Annual report of the Bengal Veterinary College and of the Civil Veterinary Department, Bengal, for the year 1913-1914 - 1913-1914
Year: 1913
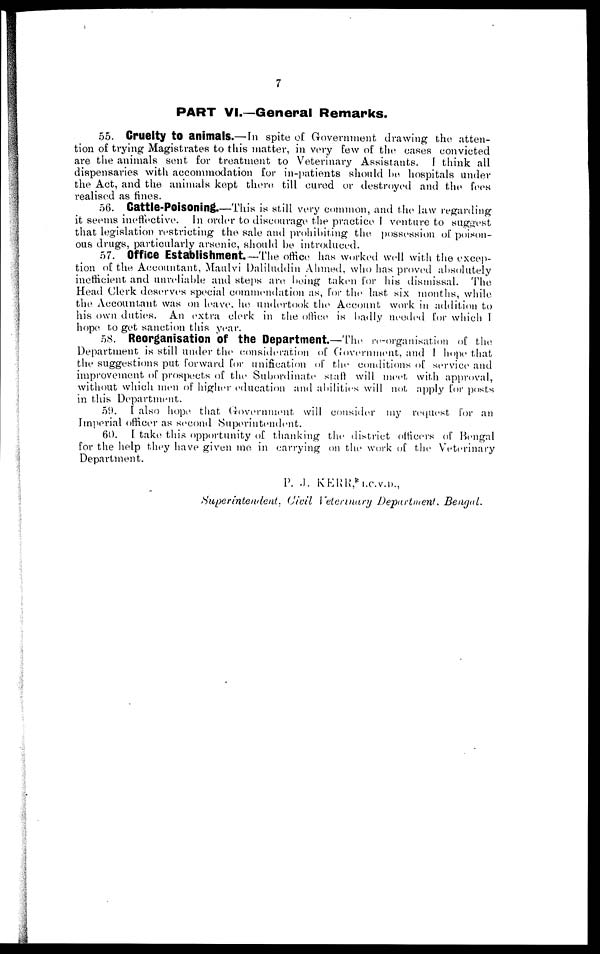
7
PART VI.—General Remarks.
55. Cruelty to animals.—In spite of Government drawing the atten-
tion of trying Magistrates to this matter, in very few of the eases convicted
are the animals sent for treatment to Veterinary Assistants. I think all
dispensaries with accommodation for in-patients should he hospitals under
the Act, and the animals kept there till cured or destroyed and the fees
realised as fines.
56. Cattle-Poisoning.—This is still very common, and the law regarding
it seems ineffective. In order to discourage the practice I venture to suggest
that legislation restricting the sale and prohibiting the possession of poison-
ous drugs, particularly arsenic, should be introduced.
57. Office Establishment.—The office has worked well with the excep-
tion of the Accountant, Maulvi Daliluddin Ahmed, who has proved absolutely
inefficient and unreliable and steps are being taken for his dismissal. The
Head Clerk deserves special commendation as, for the last six months, while
the Accountant was on leave he undertook the Account work in addition to
his own duties. An extra clerk in the office is badly needed for which I
hope to get sanction this year.
58. Reorganisation of the Department—The re-organisation of the
Department is still under the consideration of Government, and I hope that
the suggestions put forward for unification of the conditions of service and
improvement of prospects of the Subordinate staff will meet with approval,
without which men of higher education and abilities will not apply for posts
in this Department.
59. I also hope that Government will consider my request for an
Imperial officer as second Superintendent.
60. I take this opportunity of thanking the district officers of Bengal
for the help they have given me in carrying on the work of the Veterinary
Department.
P. .J. KERR,I.C.V.D.,
Superintendent. Civil Veterinary Department, Bengal.